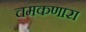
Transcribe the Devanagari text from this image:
चमकणारा